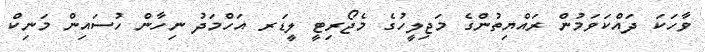
ވާހަކަ ދައްކަވަމުން ރައްޔިތުންގެ މަޖިލީހުގެ މެޖޯރިޓީ ލީޑަރ އަހްމަދު ނިހާން ހުސައިން މަނިކް